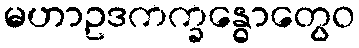
မဟာဥဒကက္ခန္ဓောတွေဝ